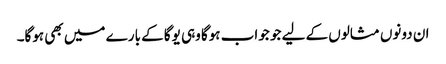
ان دونوں مثالوں کے لیے جو جواب ہوگا وہی یوگا کے بارے میں بھی ہوگا۔